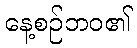
နေ့စဉ်ဘဝ၏